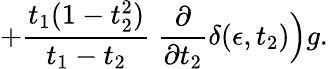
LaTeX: +{\frac{t_{1}(1-t_{2}^{2})}{t_{1}-t_{2}}}~{\frac{\partial}{\partial t_{2}}}\delta(\epsilon,t_{2})\Big)g.